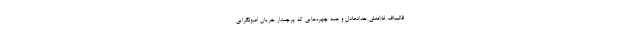
قاليباف، غلامعلي حدادعادل و همه چهره‌هايي كه پرچمدار جريان اصولگرايي